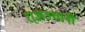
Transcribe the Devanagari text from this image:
राअज्धानी